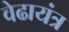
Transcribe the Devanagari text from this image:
वेढायंत्र